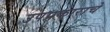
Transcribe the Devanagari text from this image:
उपप्रकाराचे